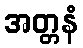
အတ္တနံ